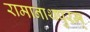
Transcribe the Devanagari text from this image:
रामानाथपुरम्